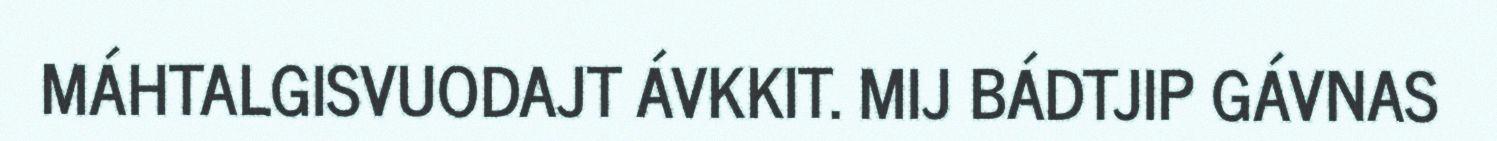
MÁHTALGISVUODAJT ÁVKKIT. MIJ BÁDTJIP GÁVNAS